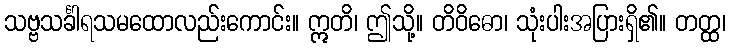
သဗ္ဗသင်္ခါရသမထောလည်းကောင်း။ ဣတိ၊ ဤသို့။ တိဝိဓော၊ သုံးပါးအပြားရှိ၏။ တတ္ထ၊